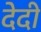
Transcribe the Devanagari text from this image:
देदी